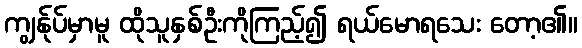
ကျွန်ုပ်မှာမူ ထိုသူနှစ်ဦးကိုကြည့်၍ ရယ်မောရသေး တော့၏။